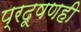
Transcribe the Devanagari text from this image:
प्रदूषणही